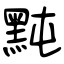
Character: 黗